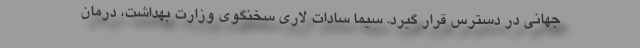
جهانی در دسترس قرار گیرد. سیما سادات لاری سخنگوی وزارت بهداشت، درمان